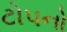
ટોપનો